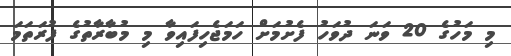
މި މަހުގެ 20 ވަނަ ދުވަހު ފެށުމަށް ހަމަޖެހިފައިވާ މި މުބާރާތުގެ ފުރަތަމަ